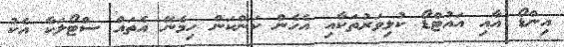
އިންޑޯ އާއި އައުޓްޑޯ ކުޅިވަރުތަކާއި އެހެން ކަންކަން ހިމެނޭ އެތައް ސްޓޯލަކާ އެކު